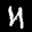
Label: 4